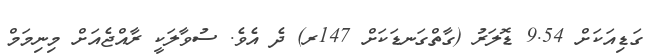
ގަޑިއަކަށް 9.54 ޑޮލަރު (ގާތްގަނޑަކަށް 147ރ) ދެ އެވެ. ސުވާލަކީ ރާއްޖެއަށް މިނިމަމް